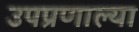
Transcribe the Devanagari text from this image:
उपप्रणाल्या